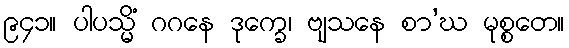
၉၄၁။ ပါပသ္မိံ ဂဂနေ ဒုက္ခေ၊ ဗျသနေ စာ’ဃ မုစ္စတေ။